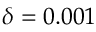
\delta = 0 . 0 0 1